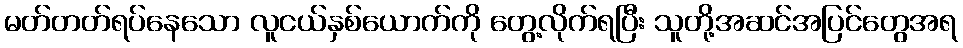
မတ်တတ်ရပ်နေသော လူငယ်နှစ်ယောက်ကို တွေ့လိုက်ရပြီး သူတို့အဆင်အပြင်တွေအရ